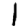
Digit: 1